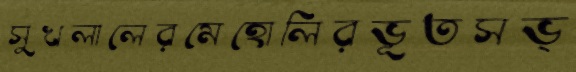
সুখলালেরমেহোলিরভূতসভ্